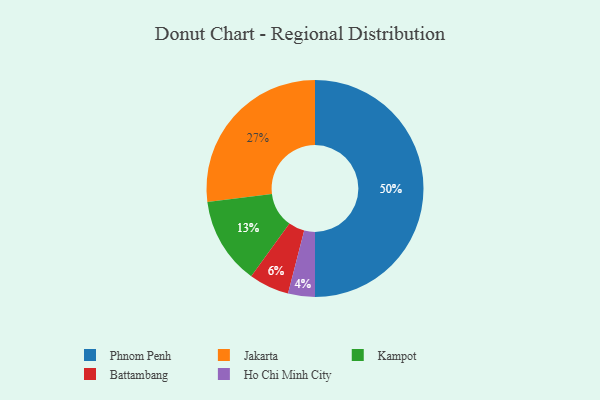
{"axis": {"x": "Category", "y": "Percentage"}, "legend": ["Battambang", "Ho Chi Minh City", "Jakarta", "Kampot", "Phnom Penh"], "data": [{"x": "Phnom Penh", "y": 50, "type": "Phnom Penh"}, {"x": "Ho Chi Minh City", "y": 4, "type": "Ho Chi Minh City"}, {"x": "Jakarta", "y": 27, "type": "Jakarta"}, {"x": "Battambang", "y": 6, "type": "Battambang"}, {"x": "Kampot", "y": 13, "type": "Kampot"}]}